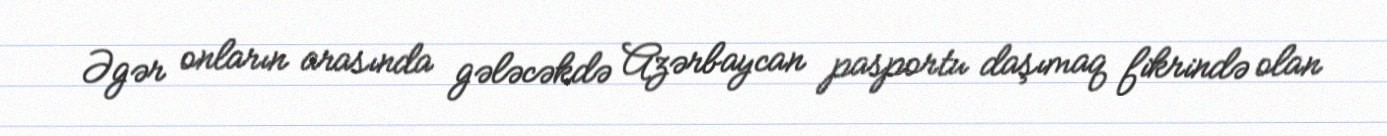
Əgər onların arasında gələcəkdə Azərbaycan pasportu daşımaq fikrində olan